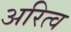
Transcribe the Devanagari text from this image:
अरित्व